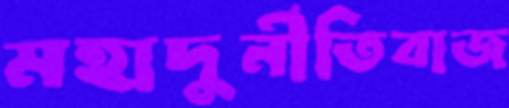
মহাদুর্নীতিবাজ